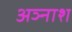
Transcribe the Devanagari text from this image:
अञ्नाश